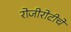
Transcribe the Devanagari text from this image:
रोजीरोटीचे